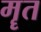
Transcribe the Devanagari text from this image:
मॄत